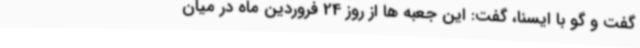
گفت و گو با ایسنا، گفت: این جعبه ها از روز 24 فروردین ماه در میان